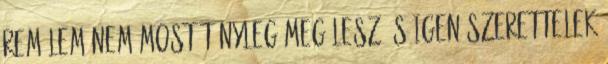
remélem nem MOST tényleg meg lesz és igen szerettelek